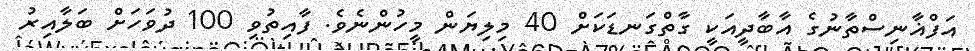
އަފްޣާނިސްތާނުގެ އާބާދީއަކީ ގާތްގަނޑަކަށް 40 މިލިޔަން މީހުންނެވެ. ފާއިތުވި 100 ދުވަހަށް ބަލާއިރު